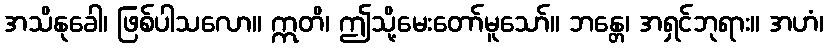
အသိနုခေါ၊ ဖြစ်ပါသလော။ ဣတိ၊ ဤသို့မေးတော်မူသော်။ ဘန္တေ၊ အရှင်ဘုရား။ အဟံ၊